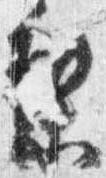
梨